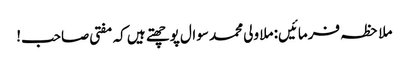
ملاحظہ فرمائیں: ملا ولی محمد سوال پوچھتے ہیں کہ مفتی صاحب!